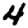
Digit: 4